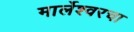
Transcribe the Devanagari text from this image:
मार्लेश्वरचा